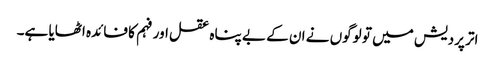
اتر پردیش میں تو لوگوں نے ان کے بے پناہ عقل اور فہم کا فائدہ اٹھایا ہے۔